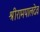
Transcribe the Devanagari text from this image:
श्रीरामपालदेव